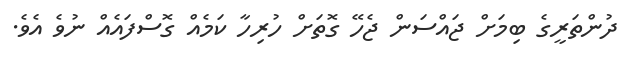
ދުންތަރީގެ ބިމަށް ޖައްސަން ޖެހޭ ގޮތަށް ހުރިހާ ކަމެއް ގޮސްފައެއް ނުވެ އެވެ.